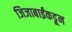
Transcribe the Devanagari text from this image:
जिजाबाईंकडून